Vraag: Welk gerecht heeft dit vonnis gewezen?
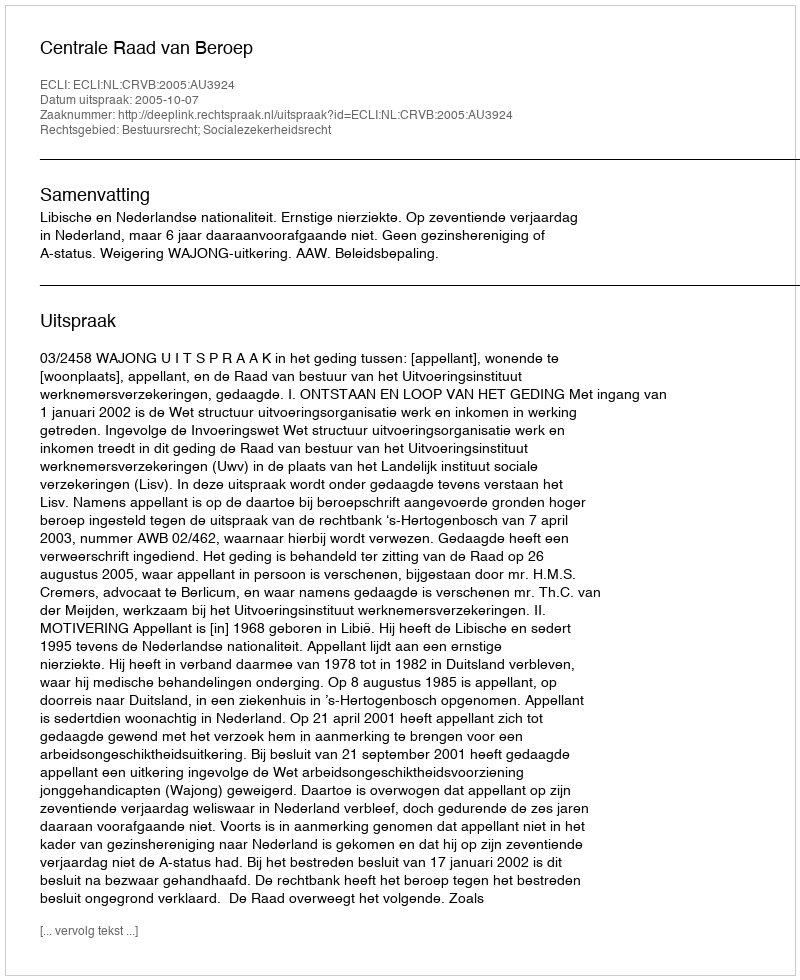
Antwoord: Centrale Raad van Beroep